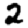
Digit: 2